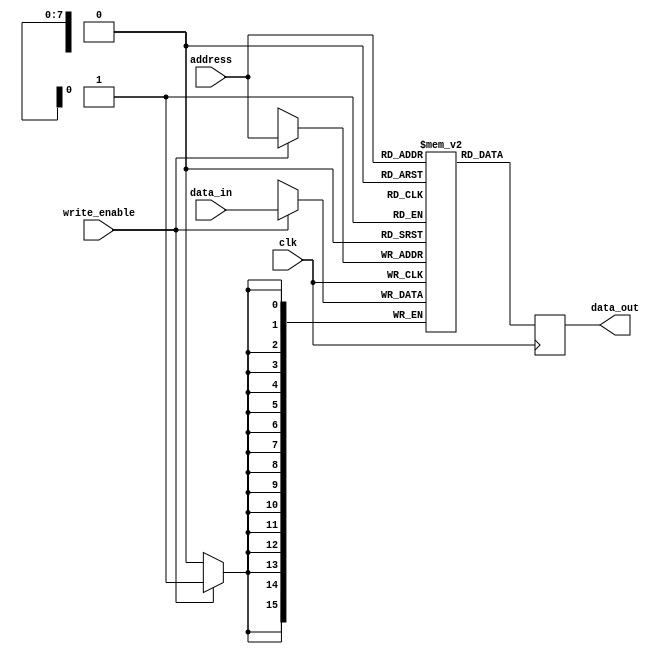
module MemoryBlock (
    input wire clk,
    input wire [7:0] address,
    input wire [15:0] data_in,
    input wire write_enable,
    output reg [15:0] data_out
);
    reg [15:0] memory [255:0]; // 256 x 16-bit memory

    // Memory read/write operations
    always @(posedge clk) begin
        if (write_enable) begin
            memory[address] <= data_in; // Write operation
        end
        data_out <= memory[address]; // Read operation
    end
endmodule